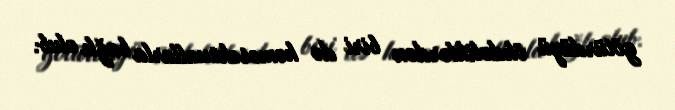
götürdüyü öhdəliklərdən biri də homoseksuallarla bağlı olub.